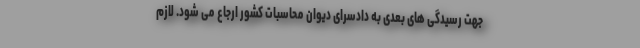
جهت رسیدگی های بعدی به دادسرای دیوان محاسبات کشور ارجاع می شود. لازم